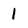
Character: 1